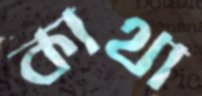
কাথা